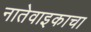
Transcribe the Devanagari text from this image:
नातेवाइकाचा